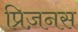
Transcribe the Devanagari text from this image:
प्रिज़नस